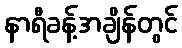
နာရီခန့်အချိန်တွင်